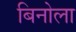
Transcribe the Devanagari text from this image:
बिनोला